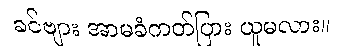
ခင်ဗျား အာမခံကတ်ပြား ယူမလား။